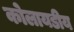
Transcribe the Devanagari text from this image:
कोलायडीय